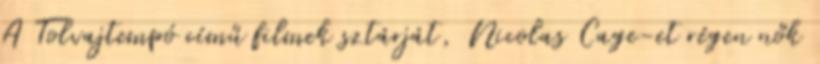
A Tolvajtempó című filmek sztárját, Nicolas Cage-et régen nők